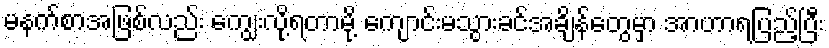
မနက်စာအဖြစ်လည်း ကျွေးလို့ရတာမို့ ကျောင်းမသွားခင်အချိန်တွေမှာ အာဟာရပြည့်ပြီး